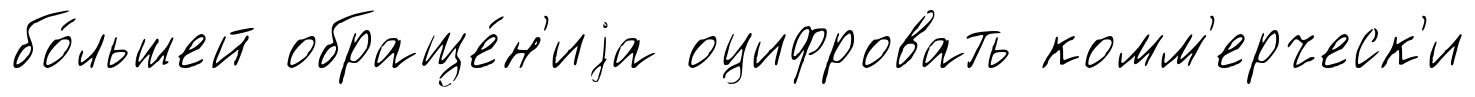
бо́льшей обраще́н'иjа оцифровать комм'ерческ'и